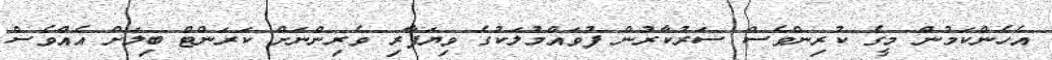
އެހެންކަމުން މީގެ ކުރިންވެސް ސަރުކާރުން ފުވައްމުލަކުގެ ވިޔަފާރި ވެރިންނަށް ކަރަންޓް ބިލަށް އެއްވެސް